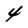
Character: 4